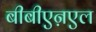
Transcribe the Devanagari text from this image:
बीबीएऩएल